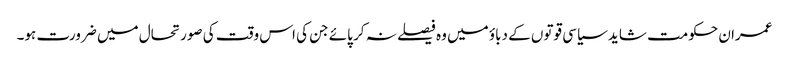
عمران حکومت شاید سیاسی قوتوں کے دباؤ میں وہ فیصلے نہ کر پائے جن کی اس وقت کی صورتحال میں ضرورت ہو۔